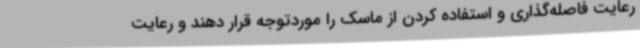
رعایت فاصله‌گذاری و استفاده کردن از ماسک را موردتوجه قرار دهند و رعایت